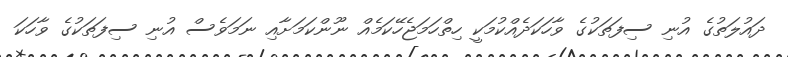
ދައުލަތުގެ އުނި ސިފަތަކުގެ ވާހަކަދެއްކުމަކީ ހިތްހަމަޖެހޭކަމެއް ނޫންކަމަށާއި ނަމަވެސް އުނި ސިފަތަކުގެ ވާހަކަ